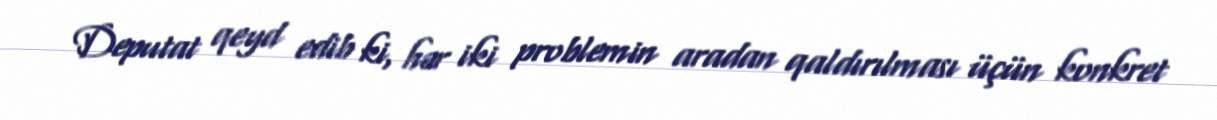
Deputat qeyd edib ki, hər iki problemin aradan qaldırılması üçün konkret